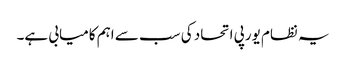
یہ نظام یورپی اتحاد کی سب سے اہم کامیابی ہے۔